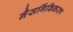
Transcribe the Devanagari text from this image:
नैसर्गिकिकरण